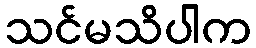
သင်မသိပါက